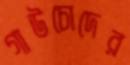
গাউচোদের